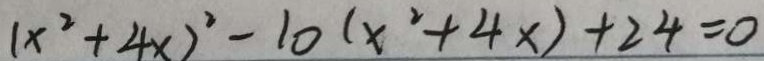
( x ^ { 2 } + 4 x ) ^ { 2 } - 1 0 ( x ^ { 2 } + 4 x ) + 2 4 = 0